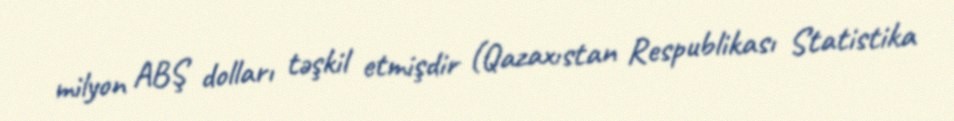
milyon ABŞ dolları təşkil etmişdir (Qazaxıstan Respublikası Statistika